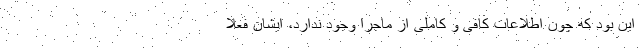
این بود که چون اطلاعات کافی و کاملی از ماجرا وجود ندارد، ایشان فعلا